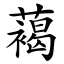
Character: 䕣